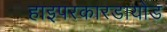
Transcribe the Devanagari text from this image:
हाइपरकारडायोड